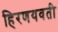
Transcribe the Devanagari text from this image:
हिरणयवती